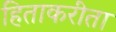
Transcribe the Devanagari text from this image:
हिताकरीता